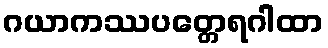
ဂယာကဿပတ္တေရဂါထာ